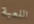
اللعبة